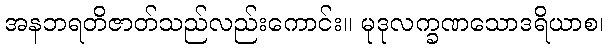
အနဘရတိဇာတ်သည်လည်းကောင်း။ မုဒုလက္ခဏသောဒရိယာစ၊